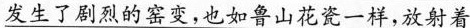
\underline{发生了剧烈的窑变，也如鲁山花瓷一样，放射着}